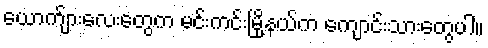
ယောက်ျားလေးတွေက မင်းကင်းမြို့နယ်က ကျောင်းသားတွေပါ။